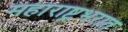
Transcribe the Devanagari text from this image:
महाराष्ट्रभरात